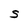
Character: S